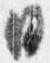
日